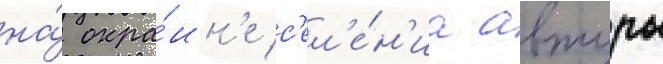
на́ окра́ин'е с'ел'е́н'иа автуры